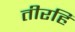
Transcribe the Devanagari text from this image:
तीरहि